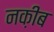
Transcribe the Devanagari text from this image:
नक़ीब